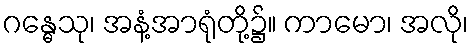
ဂန္ဓေသု၊ အနံ့အာရုံတို့၌။ ကာမော၊ အလို၊